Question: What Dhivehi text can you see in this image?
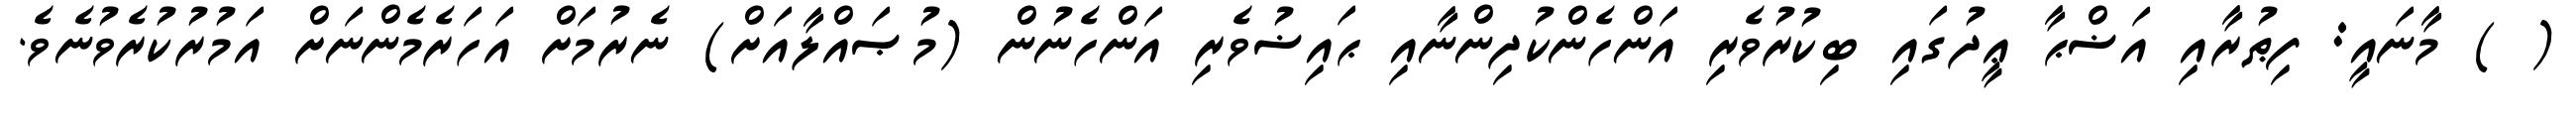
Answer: ( ) މާނައީ: ފިޠުރާއި އަޟްޙާ ޢީދުގައި ބިކުރުވެރި އަންހެންކުދިންނާއި ޙައިޟުވެރި އަންހެނުން (މުޞައްލާއަށް) ނެރުމަށް އަހަރެމެންނަށް އަމުރުކުރެވުނެވެ.